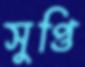
সুপ্তি